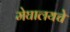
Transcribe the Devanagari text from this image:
मेघालयचे